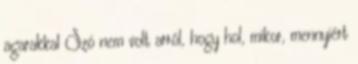
agarakkal Szó nem volt arról, hogy hol, mikor, mennyiért